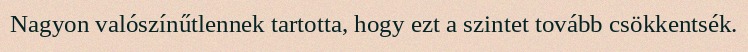
Nagyon valószínűtlennek tartotta, hogy ezt a szintet tovább csökkentsék.